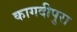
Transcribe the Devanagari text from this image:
कागदीपुरा